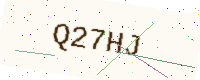
Text: Q27HJ